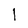
Character: l